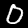
Label: 0